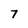
Character: 7